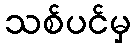
သစ်ပင်မှ